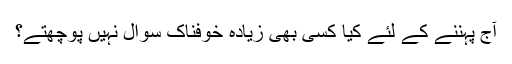
آج پہننے کے لئے کیا کسی بھی زیادہ خوفناک سوال نہیں پوچھتے؟